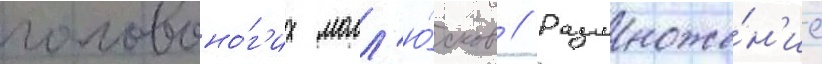
головоно́г'их молл'ю́сков // Размноже́н'ие